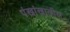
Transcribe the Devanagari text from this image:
पंखांखालील